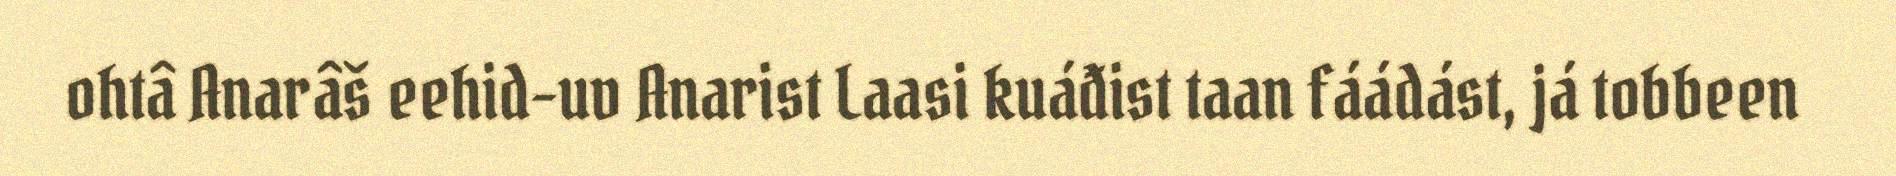
ohtâ Anarâš eehid-uv Anarist Laasi kuáđist taan fáádást, já tobbeen